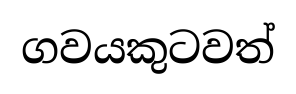
ගවයකුටවත්